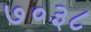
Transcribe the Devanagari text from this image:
७०३८